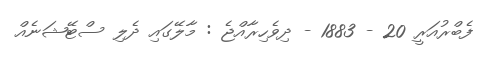
ފެބްރުއަރީ 20 - 1883 - ދިވެހިރާއްޖެ : މާލޭގައި ދެލި ސްޓޭޝަނެއް